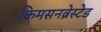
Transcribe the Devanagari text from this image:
क्रिमसनब्रेस्टेड